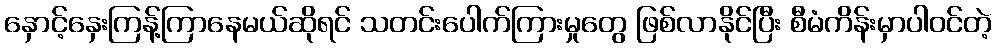
နှောင့်နှေးကြန့်ကြာနေမယ်ဆိုရင် သတင်းပေါက်ကြားမှုတွေ ဖြစ်လာနိုင်ပြီး စီမံကိန်းမှာပါဝင်တဲ့